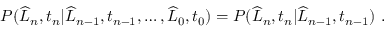
\begin{array} { r } { P ( \widehat { L } _ { n } , t _ { n } | \widehat { L } _ { n - 1 } , t _ { n - 1 } , \dots , \widehat { L } _ { 0 } , t _ { 0 } ) = P ( \widehat { L } _ { n } , t _ { n } | \widehat { L } _ { n - 1 } , t _ { n - 1 } ) \ . } \end{array}